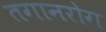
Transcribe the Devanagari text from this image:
तगानरोग